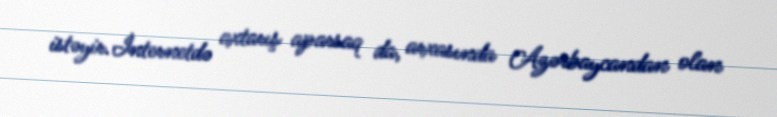
istəyir.İnternetdə axtarış aparsaq da, arxasında Azərbaycandan olan